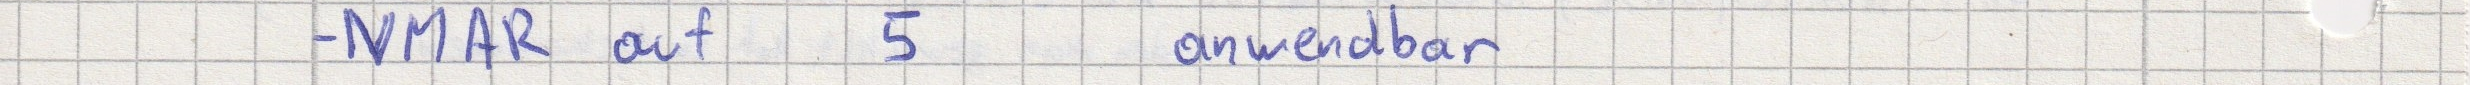
- NMAR auf 5 anwendbar